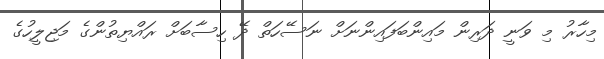
މިހާރު މި ވަނީ ދަރިން މައިންބަފައިންނަށް ނަސޭހަތް ދޭ ހިސާބަށް ރައްޔިތުންގެ މަޖިލީހުގެ